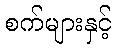
စက်များနှင့်